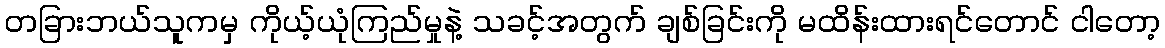
တခြားဘယ်သူကမှ ကိုယ့်ယုံကြည်မှုနဲ့ သခင့်အတွက် ချစ်ခြင်းကို မထိန်းထားရင်တောင် ငါတော့